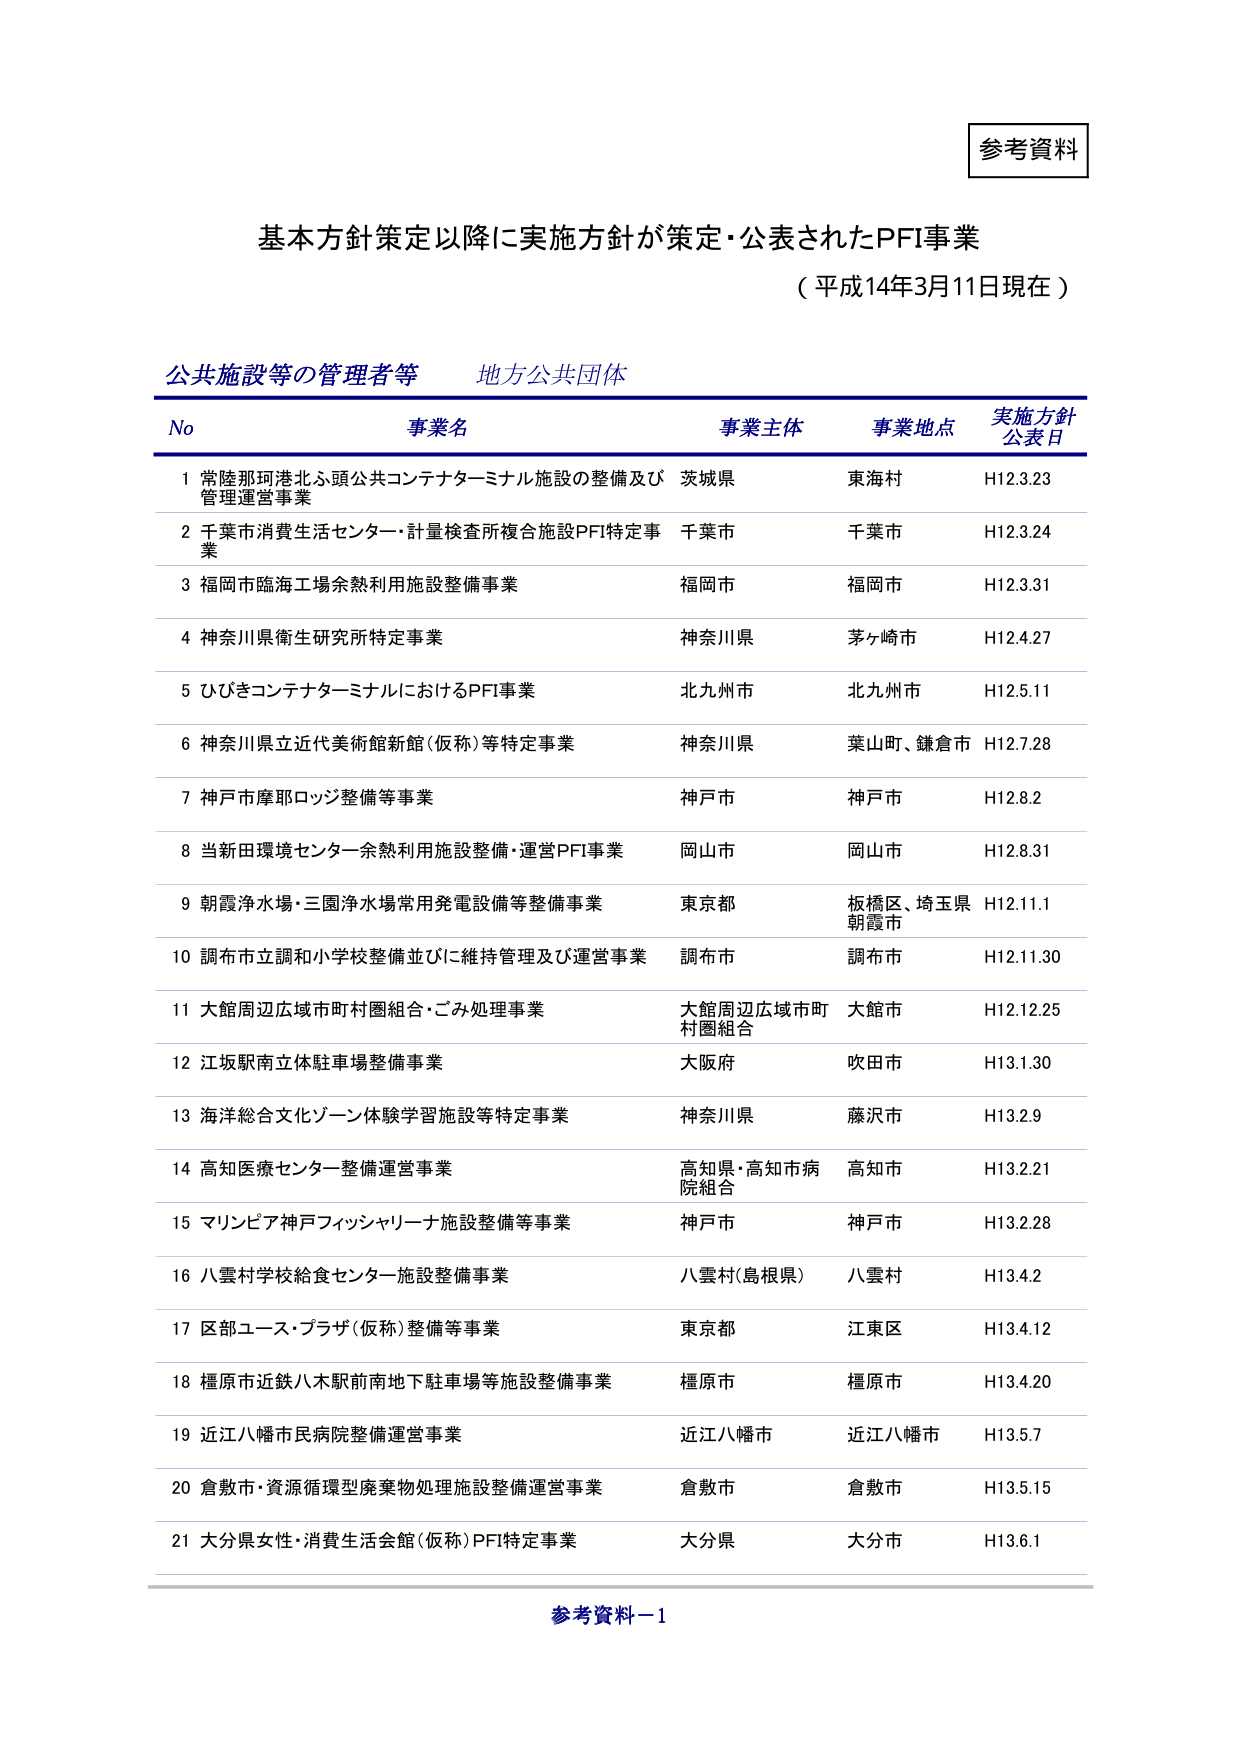
参考資料

基本方針策定以降に実施方針が策定・公表されたPFI事業
（平成14年3月11日現在）

公共施設等の管理者等　地方公共団体

No　事業名　事業主体　事業地点　実施方針公表日

1 常陸那珂港北ふ頭公共コンテナターミナル施設の整備及び管理運営事業　茨城県　東海村　H12.3.23

2 千葉市消費生活センター・計量検査所複合施設PFI特定事業　千葉市　千葉市　H12.3.24

3 福岡市臨海工場余熱利用施設整備事業　福岡市　福岡市　H12.3.31

4 神奈川県衛生研究所特定事業　神奈川県　茅ヶ崎市　H12.4.27

5 ひびきコンテナターミナルにおけるPFI事業　北九州市　北九州市　H12.5.11

6 神奈川県立近代美術館新館（仮称）等特定事業　神奈川県　葉山町、鎌倉市　H12.7.28

7 神戸市摩耶ロッジ整備等事業　神戸市　神戸市　H12.8.2

8 当新田環境センター余熱利用施設整備・運営PFI事業　岡山市　岡山市　H12.8.31

9 朝霞浄水場・三園浄水場常用発電設備等整備事業　東京都　板橋区、埼玉県朝霞市　H12.11.1

10 調布市立調和小学校整備並びに維持管理及び運営事業　調布市　調布市　H12.11.30

11 大館周辺広域市町村圏組合・ごみ処理事業　大館周辺広域市町村圏組合　大館市　H12.12.25

12 江坂駅南立体駐車場整備事業　大阪府　吹田市　H13.1.30

13 海洋総合文化ゾーン体験学習施設等特定事業　神奈川県　藤沢市　H13.2.9

14 高知医療センター整備運営事業　高知県・高知市病院組合　高知市　H13.2.21

15 マリンピア神戸フィッシャリーナ施設整備等事業　神戸市　神戸市　H13.2.28

16 八雲村学校給食センター施設整備事業　八雲村（島根県）　八雲村　H13.4.2

17 区部ユース・プラザ（仮称）整備等事業　東京都　江東区　H13.4.12

18 橿原市近鉄八木駅前南地下駐車場等施設整備事業　橿原市　橿原市　H13.4.20

19 近江八幡市民病院整備運営事業　近江八幡市　近江八幡市　H13.5.7

20 倉敷市・資源循環型廃棄物処理施設整備運営事業　倉敷市　倉敷市　H13.5.15

21 大分県女性・消費生活会館（仮称）PFI特定事業　大分県　大分市　H13.6.1

参考資料－1